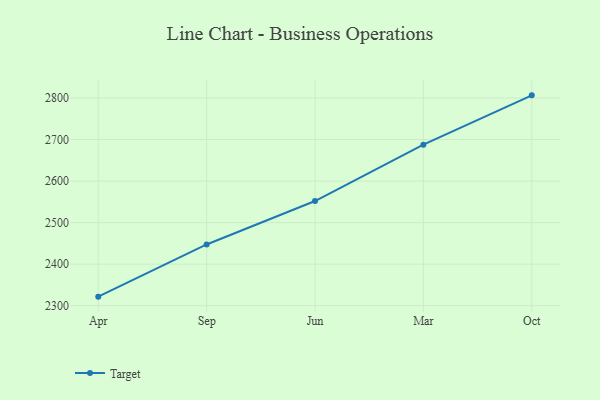
{"axis": {"x": "Month", "y": "Active Users"}, "legend": ["Target"], "data": [{"x": "Apr", "y": 2321.8, "type": "Target"}, {"x": "Sep", "y": 2447.5, "type": "Target"}, {"x": "Jun", "y": 2552.0, "type": "Target"}, {"x": "Mar", "y": 2687.8, "type": "Target"}, {"x": "Oct", "y": 2806.5, "type": "Target"}]}